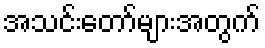
အသင်းတော်များအတွက်